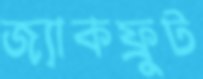
জ্যাকফ্রুট